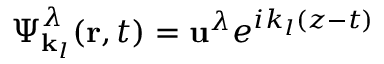
\boldsymbol { \Psi } _ { \mathbf { k } _ { l } } ^ { \lambda } ( \mathbf { r } , t ) = \mathbf { u } ^ { \lambda } e ^ { i k _ { l } ( z - t ) }